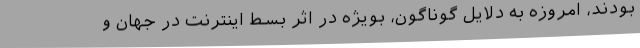
بودند، امروزه به دلایل گوناگون، بویژه در اثر بسط اینترنت در جهان و